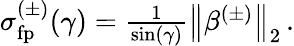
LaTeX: \begin{array}{r}{\sigma_{\mathrm{fp}}^{(\pm)}(\gamma)=\frac{1}{\sin(\gamma)}\left\lVert\beta^{(\pm)}\right\rVert_{2}\, .}\end{array}